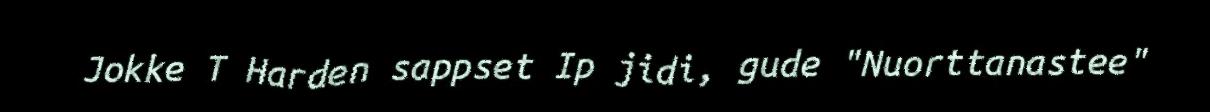
Jokke T Harden sappset Ip jidi, gude "Nuorttanastee"